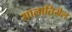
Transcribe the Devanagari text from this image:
सालातियेल